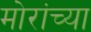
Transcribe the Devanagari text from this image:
मोरांच्या